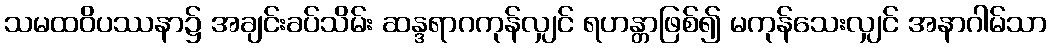
သမထဝိပဿနာ၌ အချင်းခပ်သိမ်း ဆန္ဒရာဂကုန်လျှင် ရဟန္တာဖြစ်၍ မကုန်သေးလျှင် အနာဂါမ်သာ